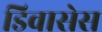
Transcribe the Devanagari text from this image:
डिवासेस